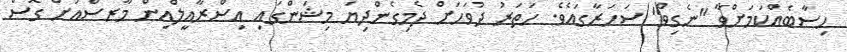
ހިސާބެއްކަމަށްވާ "ނެގިވް" ސަހަރާގައެވެ. ހަތަރު ދުވަހަށް ދެމިގެންދިޔަ މިޝަންގައި އިސްރާއީލްއިން މާރސްއަށް ގޮސް